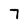
Character: 7